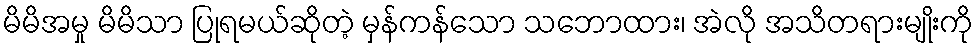
မိမိအမှု မိမိသာ ပြုရမယ်ဆိုတဲ့ မှန်ကန်သော သဘောထား၊ အဲလို အသိတရားမျိုးကို